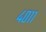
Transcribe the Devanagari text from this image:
४०११